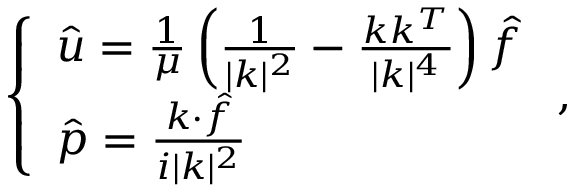
\left\{ \begin{array} { l } { \hat { u } = \frac { 1 } { \mu } \left( \frac { 1 } { | k | ^ { 2 } } - \frac { k k ^ { T } } { | k | ^ { 4 } } \right) \hat { f } } \\ { \hat { p } = \frac { k \cdot \hat { f } } { i | k | ^ { 2 } } } \end{array} \right. ,